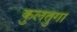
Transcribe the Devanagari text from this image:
कुलतुगा